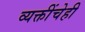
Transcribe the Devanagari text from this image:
व्यक्तींचेही